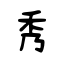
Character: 秀